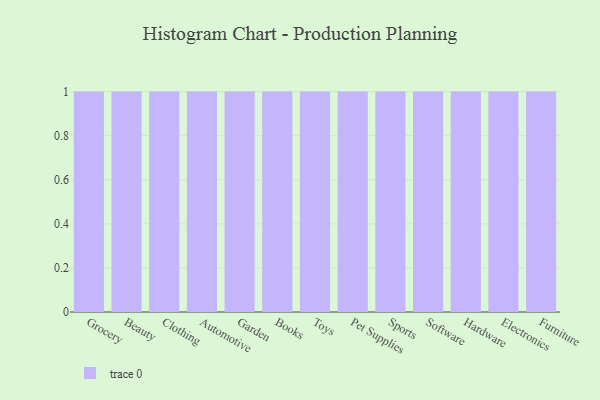
{"axis": {"x": "Category", "y": "Active Users"}, "legend": [""], "data": [{"x": "Grocery", "y": 72, "type": ""}, {"x": "Beauty", "y": 24, "type": ""}, {"x": "Clothing", "y": 54, "type": ""}, {"x": "Automotive", "y": 68, "type": ""}, {"x": "Garden", "y": 68, "type": ""}, {"x": "Books", "y": 16, "type": ""}, {"x": "Toys", "y": 72, "type": ""}, {"x": "Pet Supplies", "y": 22, "type": ""}, {"x": "Sports", "y": 3, "type": ""}, {"x": "Software", "y": 40, "type": ""}, {"x": "Hardware", "y": 7, "type": ""}, {"x": "Electronics", "y": 24, "type": ""}, {"x": "Furniture", "y": 21, "type": ""}]}